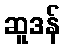
ဆူဒန်